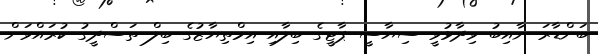
ބަންޑާރަ ނާއިބު ވިދާޅުވީ ސިޔާސީ ޕާޓީގެ ބިލާއި އިމްތިޔާޒުގެ ބިލް ތަސްދީގު ކުރައްވަން